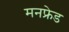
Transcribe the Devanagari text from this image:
मनफ्रेड